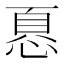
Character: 𢝊